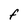
Character: F